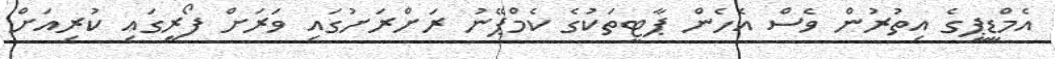
އެމްޑީޕީގެ އިތުރުން ވެސް އެހެން ޕާޓީތަކުގެ ކެމްޕޭނު ރަށްރަށުގައި ވަރަށް ފޯރީގައި ކުރިއަށް